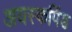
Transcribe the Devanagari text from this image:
अयस्कपिंड